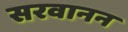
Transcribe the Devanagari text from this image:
सरवानन